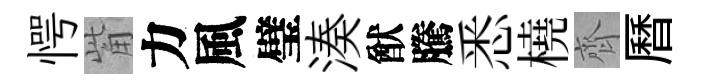
愕觜力風璧湊猷騰悉橈齊曆